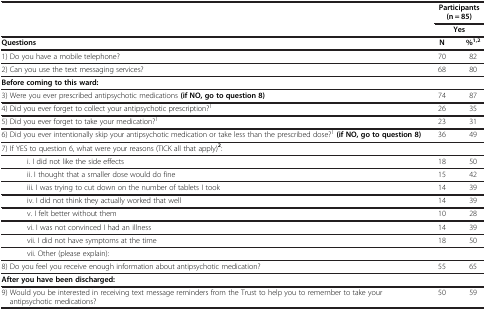
|  | <COLSPAN=2> Participants (n = 85) |
 |  | <COLSPAN=2> Yes |
 | --- | --- | --- |
 | Questions | N | %1,2 |
 | 1) Do you have a mobile telephone? | 70 | 82 |
 | 2) Can you use the text messaging services? | 68 | 80 |
 | Before coming to this ward: |  |  |
 | 3) Were you ever prescribed antipsychotic medications (if NO, go to question 8) | 74 | 87 |
 | 4) Did you ever forget to collect your antipsychotic prescription?1 | 26 | 35 |
 | 5) Did you ever forget to take your medication?1 | 23 | 31 |
 | 6) Did you ever intentionally skip your antipsychotic medication or take less than the prescribed dose?1(if NO, go to question 8) | 36 | 49 |
 | 7) If YES to question 6, what were your reasons (TICK all that apply)2: |  |  |
 | i. I did not like the side effects | 18 | 50 |
 | ii. I thought that a smaller dose would do fine | 15 | 42 |
 | iii. I was trying to cut down on the number of tablets I took | 14 | 39 |
 | iv. I did not think they actually worked that well | 14 | 39 |
 | v. I felt better without them | 10 | 28 |
 | vi. I was not convinced I had an illness | 14 | 39 |
 | vii. I did not have symptoms at the time | 18 | 50 |
 | vii. Other (please explain): |  |  |
 | 8) Do you feel you receive enough information about antipsychotic medication? | 55 | 65 |
 | After you have been discharged: |  |  |
 | 9) Would you be interested in receiving text message reminders from the Trust to help you to remember to take your antipsychotic medications? | 50 | 59 |